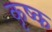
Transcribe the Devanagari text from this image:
कृष्क